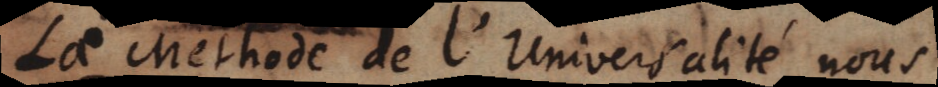
La Methode de l’Universalité nous